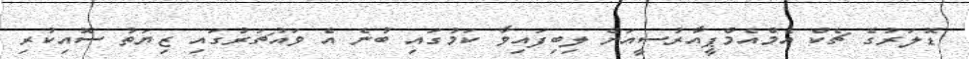
ޑޮލަރުގެ ޗެކް އެމްއެމްޕީއާރުސީއަށް ލިބިފައިވާ ކަމުގައި ބުނެ އެ ވައުޗަރުގައި ޒިޔަތު ސޮއިކުރި